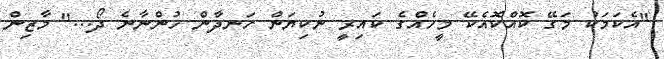
"އެކަމަކު މަގޭ ކޮއްކޮއެކޭ މީހެއްގެ ކައިރީ ނުކިޔަން ހަނދާން ހުންނާނެ ދޯ..." މާޒިން